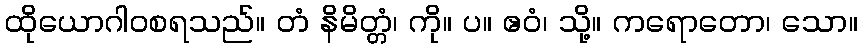
ထိုယောဂါဝစရသည်။ တံ နိမိတ္တံ၊ ကို။ ပ။ ဧဝံ၊ သို့။ ကရောတော၊ သော။